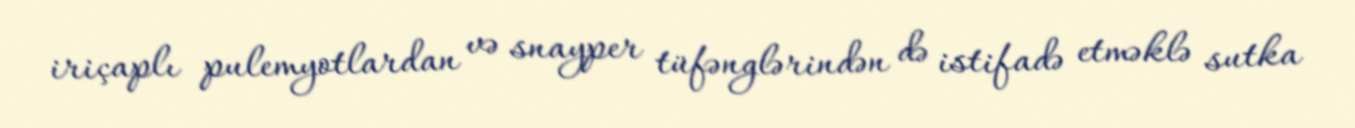
iriçaplı pulemyotlardan və snayper tüfənglərindən də istifadə etməklə sutka